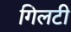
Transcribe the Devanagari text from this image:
गिलटी